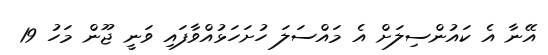
އޭނާ އެ ކައުންސިލަށް އެ މައްސަލަ ހުށަހަޅުއްވާފައި ވަނީ ޖޫން މަހު 19